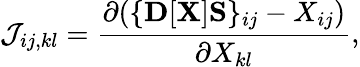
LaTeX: {\displaystyle{\cal J}_{ij,kl}=\frac{\partial(\{ {\mathbf D}[{\mathbf X}]{\mathbf S}\} _{ij}-X_{ij})}{\partial X_{kl}},}